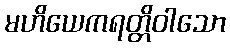
မဟိယေကရတ္တိဝါသော